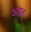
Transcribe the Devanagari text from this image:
आत्